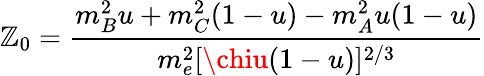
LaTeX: \mathbb{Z}_{0}=\frac{{m_{B}^{2}u+m_{C}^{2}(1-u)-m_{A}^{2}u(1-u)}}{{m_{e}^{2}[\chiu(1-u)]^{2/3}}}